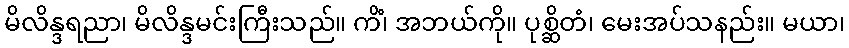
မိလိန္ဒရညာ၊ မိလိန္ဒမင်းကြီးသည်။ ကိံ၊ အဘယ်ကို။ ပုစ္ဆိတံ၊ မေးအပ်သနည်း။ မယာ၊